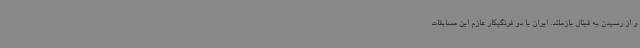
و از رسیدن به فینال بازماند. ایران با دو فرنگیکار عازم این مسابقات